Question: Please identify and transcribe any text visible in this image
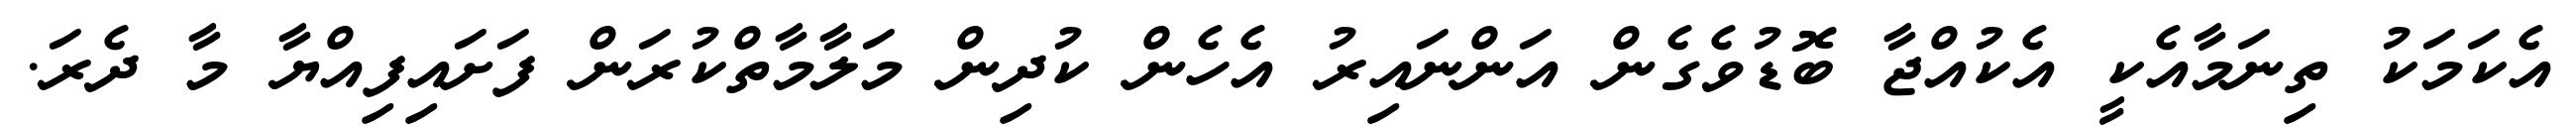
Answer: އެކަމަކު ތިނަމާއެކީ އެކުއްޖާ ބޮޑުވެގެން އަންނައިރު އެހެން ކުދިން މަލާމާތްކުރަން ފަށައިފިއްޔާ މާ ދެރަ.